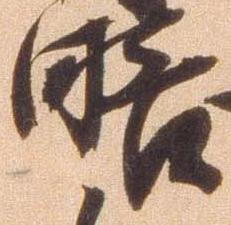
略